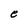
Character: e